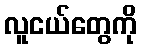
လူငယ်တွေကို